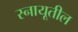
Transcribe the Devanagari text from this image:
स्नायूतील